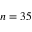
n = 3 5